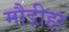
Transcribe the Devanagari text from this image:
मौडीहा